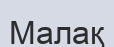
Малақ